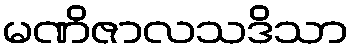
မဏိဇာလသဒိသာ